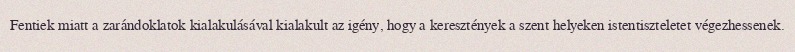
Fentiek miatt a zarándoklatok kialakulásával kialakult az igény, hogy a keresztények a szent helyeken istentiszteletet végezhessenek.